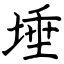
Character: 埵